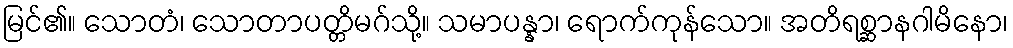
မြင်၏။ သောတံ၊ သောတာပတ္တိမဂ်သို့။ သမာပန္နာ၊ ရောက်ကုန်သော။ အတိရစ္ဆာနဂါမိနော၊